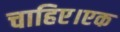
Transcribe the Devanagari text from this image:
चाहिए।एक